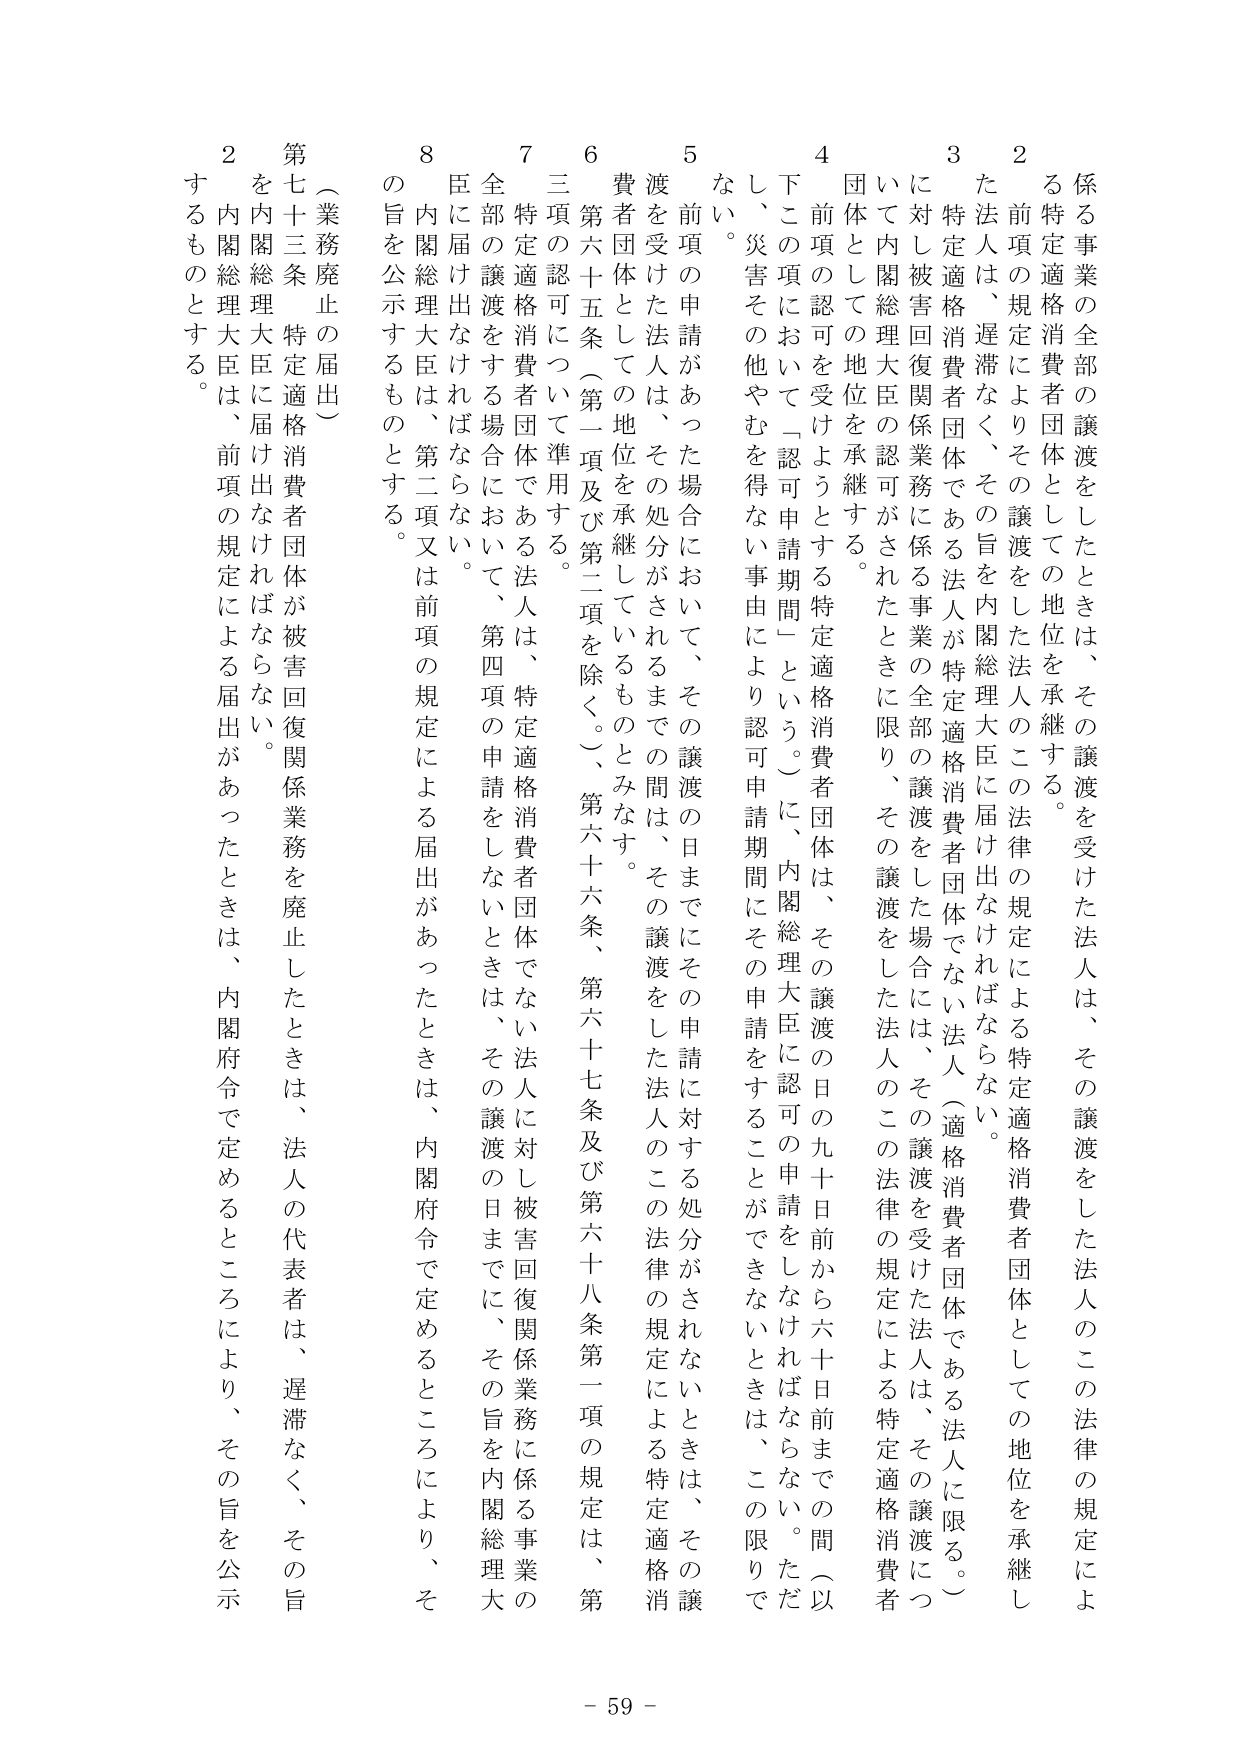
係る事業の全部の譲渡をしたときは、その譲渡を受けた法人は、その譲渡をした法人のこの法律の規定による特定適格消費者団体としての地位を承継する。

2 前項の規定によりその譲渡をした法人のこの法律の規定による特定適格消費者団体としての地位を承継した法人は、遅滞なく、その旨を内閣総理大臣に届け出なければならない。

3 特定適格消費者団体である法人が特定適格消費者団体でない法人（適格消費者団体である法人に限る。）に対し被害回復関係業務に係る事業の全部の譲渡をした場合には、その譲渡を受けた法人は、その譲渡について内閣総理大臣の認可がされたときに限り、その譲渡をした法人のこの法律の規定による特定適格消費者団体としての地位を承継する。

4 前項の認可を受けようとする特定適格消費者団体は、その譲渡の日の九十日前から六十日前までの間（以下この項において「認可申請期間」という。）に、内閣総理大臣に認可の申請をしなければならない。ただし、災害その他やむを得ない事由により認可申請期間にその申請をすることができないときは、この限りでない。

5 前項の申請があった場合において、その譲渡の日までにその申請に対する処分がされないときは、その譲渡を受けた法人は、その処分がされるまでの間は、その譲渡をした法人のこの法律の規定による特定適格消費者団体としての地位を承継しているものとみなす。

6 第六十五条（第一項及び第二項を除く。）、第六十六条、第六十七条及び第六十八条第一項の規定は、第三項の認可について準用する。

7 特定適格消費者団体である法人は、特定適格消費者団体でない法人に対し被害回復関係業務に係る事業の全部の譲渡をする場合において、第四項の申請をしないときは、その譲渡の日までに、その旨を内閣総理大臣に届け出なければならない。

8 内閣総理大臣は、第二項又は前項の規定による届出があったときは、内閣府令で定めるところにより、その旨を公示するものとする。

（業務廃止の届出）

第七十三条 特定適格消費者団体が被害回復関係業務を廃止したときは、法人の代表者は、遅滞なく、その旨を内閣総理大臣に届け出なければならない。

2 内閣総理大臣は、前項の規定による届出があったときは、内閣府令で定めるところにより、その旨を公示するものとする。

- 59 -